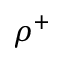
\rho ^ { + }